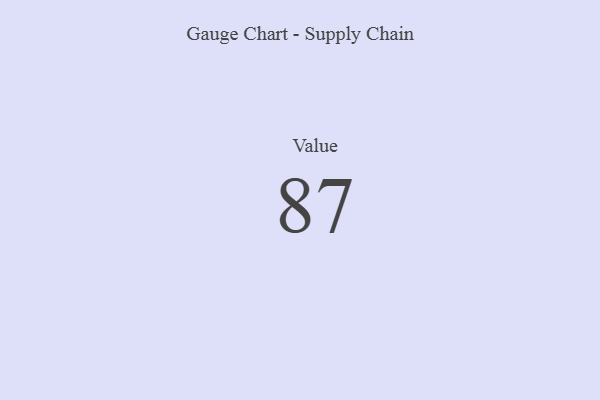
{"axis": {"x": "Metric", "y": "Value"}, "legend": [""], "data": [{"x": "Value", "y": 87, "type": ""}]}